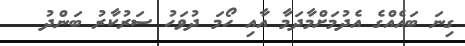
ގިނަ ބައެއްގެ އެދުމަށްމާދަމާ އާއި ހޯމަ ދުވަހު ސަރުކާރު ބަންދު